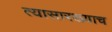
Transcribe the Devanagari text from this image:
त्यासारख्याच